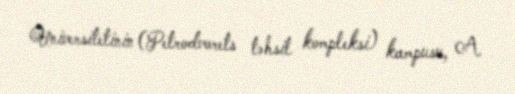
Universitetinin (Petrodvorets təhsil kompleksi) kampusu, A.